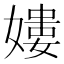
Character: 𡡎